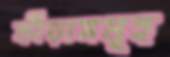
ক্রীড়াসমূহ